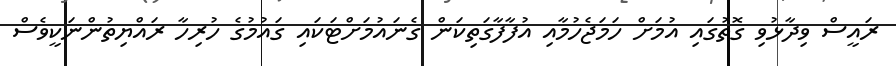
ރައީސް ވިދާޅުވި ގޮތުގައި އުމަށް ހަމަޖެހުމާއި އުފާފާގަތިކަން ގެނައުމަށްޓަކައި ގައުމުގެ ހުރިހާ ރައްޔިތުންނަކީވެސް